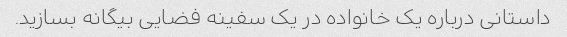
داستانی درباره یک خانواده در یک سفینه فضایی بیگانه بسازید.